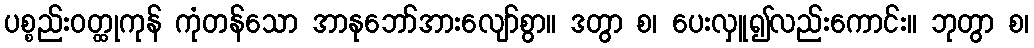
ပစ္စည်းဝတ္ထုကုန် ကုံတန်သော အာနုဘော်အားလျော်စွာ။ ဒတွာ စ၊ ပေးလှူ၍လည်းကောင်း။ ဘုတွာ စ၊